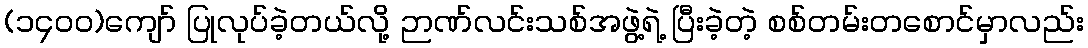
(၁၄၀၀)ကျော် ပြုလုပ်ခဲ့တယ်လို့ ဉာဏ်လင်းသစ်အဖွဲ့ရဲ့ ပြီးခဲ့တဲ့ စစ်တမ်းတစောင်မှာလည်း